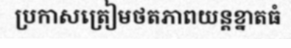
ប្រកាសត្រៀមថតភាពយន្តខ្នាតធំ